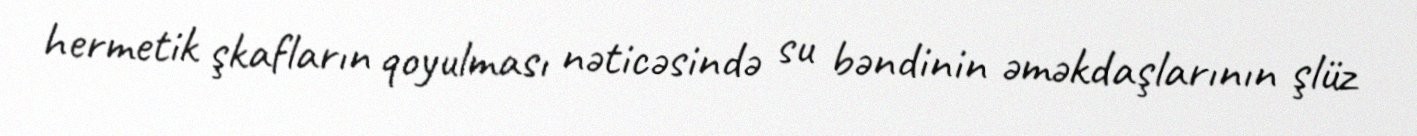
hermetik şkafların qoyulması nəticəsində su bəndinin əməkdaşlarının şlüz